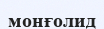
монғолид